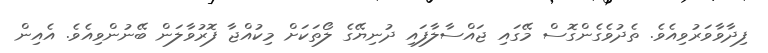
ފިދާވާވަރުވިއެވެ. ތެދުވެގެންގޮސް މޭގައި ޖައްސާލާފައި ދުނިޔޭގެ ލޯތަކަށް މިކުއްޖާ ފޮރުވާލަން ބޭނުންވިއެވެ. އެއިން